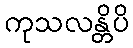
ကုသလန္တိပိ